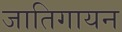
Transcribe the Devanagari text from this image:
जातिगायन